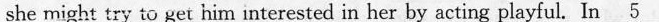
she might try to get him interested in her by acting playful In \underline{5}